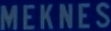
MEKNES